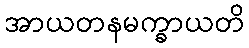
အာယတနမက္ခာယတိ